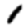
Digit: 1